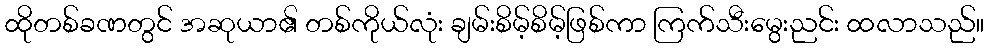
ထိုတစ်ခဏတွင် အဆုယာ၏ တစ်ကိုယ်လုံး ချမ်းစိမ့်စိမ့်ဖြစ်ကာ ကြက်သီးမွေးညင်း ထလာသည်။